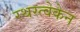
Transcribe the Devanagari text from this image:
रथस्त्वेकेन